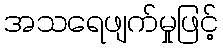
အသရေဖျက်မှုဖြင့်